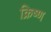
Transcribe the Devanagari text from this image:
क्रिष्ण